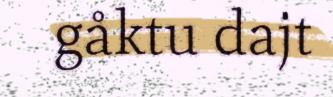
gåktu dajt